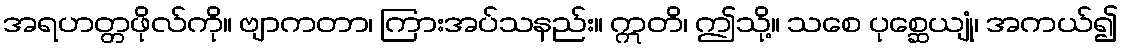
အရဟတ္တဖိုလ်ကို။ ဗျာကတာ၊ ကြားအပ်သနည်း။ ဣတိ၊ ဤသို့။ သစေ ပုစ္ဆေယျုံ၊ အကယ်၍